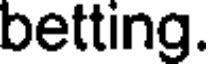
betting.